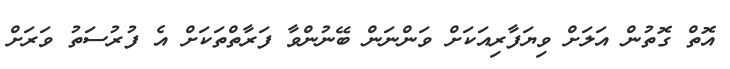
އޮތް ގޮތުން އަލަށް ވިޔަފާރިއަކަށް ވަންނަން ބޭނުންވާ ފަރާތްތަކަށް އެ ފުރުސަތު ވަރަށް